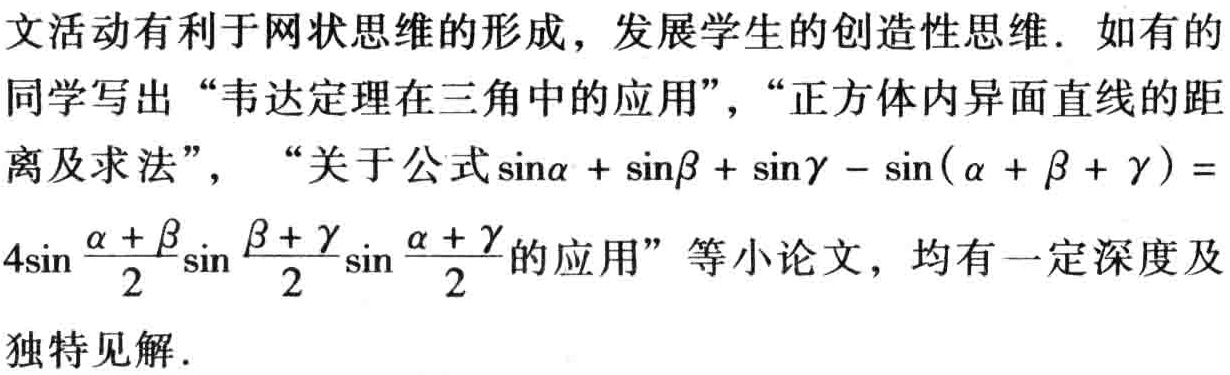
文活动有利于网状思维的形成，发展学生的创造性思维．如有的同学写出“韦达定理在三角中的应用”，“正方体内异面直线的距离及求法”， “关于公式\(\sin\alpha + \sin\beta + \sin\gamma - \sin(\alpha + \beta + \gamma ) = 4\sin\frac{\alpha + \beta}{2}\sin\frac{\beta + \gamma}{2}\sin\frac{\alpha + \gamma}{2}\)的应用”等小论文，均有一定深度及独特见解．